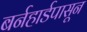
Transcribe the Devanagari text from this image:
बर्नहार्डपासून